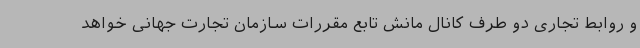
و روابط تجاری دو طرف کانال مانش تابع مقررات سازمان تجارت جهانی خواهد